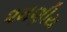
૨મણીય